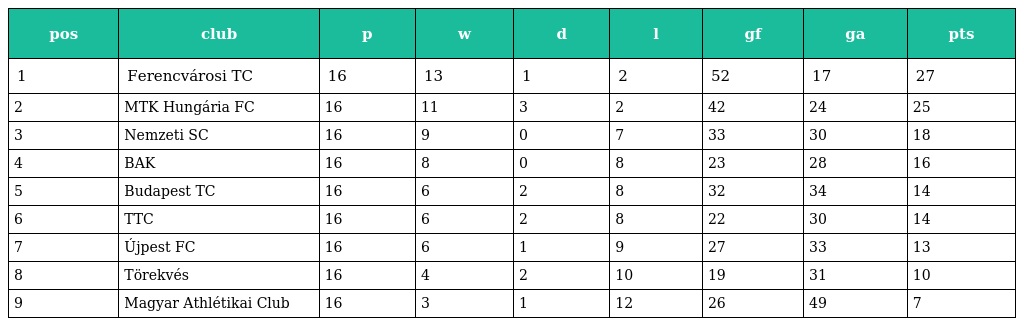
| pos | club | p | w | d | l | gf | ga | pts |
 | --- | --- | --- | --- | --- | --- | --- | --- | --- |
 | 1 | Ferencvárosi TC | 16 | 13 | 1 | 2 | 52 | 17 | 27 |
 | 2 | MTK Hungária FC | 16 | 11 | 3 | 2 | 42 | 24 | 25 |
 | 3 | Nemzeti SC | 16 | 9 | 0 | 7 | 33 | 30 | 18 |
 | 4 | BAK | 16 | 8 | 0 | 8 | 23 | 28 | 16 |
 | 5 | Budapest TC | 16 | 6 | 2 | 8 | 32 | 34 | 14 |
 | 6 | TTC | 16 | 6 | 2 | 8 | 22 | 30 | 14 |
 | 7 | Újpest FC | 16 | 6 | 1 | 9 | 27 | 33 | 13 |
 | 8 | Törekvés | 16 | 4 | 2 | 10 | 19 | 31 | 10 |
 | 9 | Magyar Athlétikai Club | 16 | 3 | 1 | 12 | 26 | 49 | 7 |